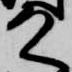
殿